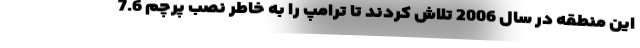
این منطقه در سال 2006 تلاش کردند تا ترامپ را به خاطر نصب پرچم 7.6